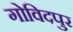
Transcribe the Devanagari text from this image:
गोविदपुर